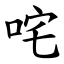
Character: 咤